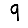
Digit: 9